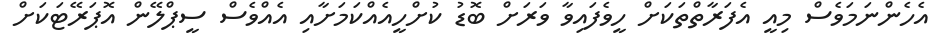
އެހެންނަމަވެސް މިއީ އެފަރާތްތަކަށް ހީވެފައިވާ ވަރަށް ބޮޑު ކުށްހީއެއްކަމަށާއި އެއްވެސް ސީޕްލޭން އޮޕަރޭޓަކަށް